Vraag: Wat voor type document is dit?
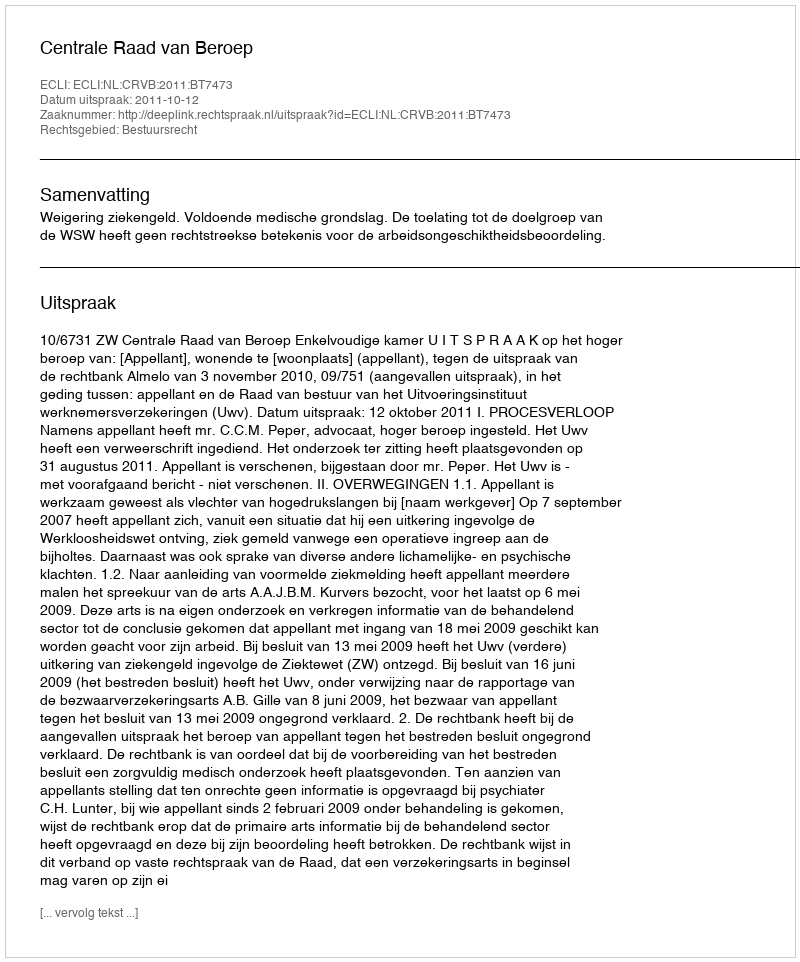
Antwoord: Uitspraak